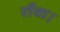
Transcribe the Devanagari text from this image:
राँवा।